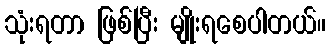
သုံးရတာ ဖြစ်ပြီး မျိုးရစေပါတယ်။